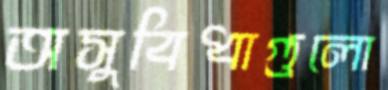
অসুবিধাগুলো